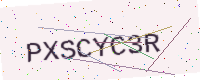
Text: PXSCYC3R